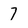
Character: 7